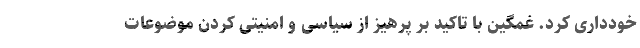
خودداری کرد. غمگین با تاکید بر پرهیز از سیاسی و امنیتی کردن موضوعات